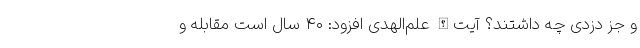
و جز دزدی چه داشتند؟ آیت‌الله علم‌الهدی افزود: ۴۰ سال است مقابله و